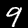
Digit: 9